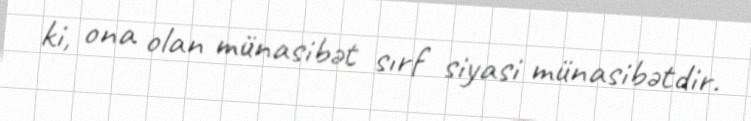
ki, ona olan münasibət sırf siyasi münasibətdir.